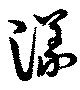
漾